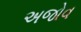
અજોવ